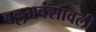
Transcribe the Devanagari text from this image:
बल्लभवंसावली